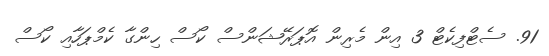
91. ސެޓްފިކެޓް 3 އިން މެރިން އޮޕަރޭޝަންސް ކޯސް ހިންގާ ކެމްޕަހާއި ކޯސް